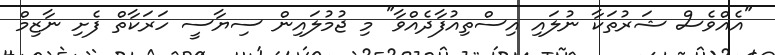
"އެއްވެސް ޝަރުތަކާ ނުލައި އިސްތިއުފާދެއްވާ" މި ޖުމުލައިން ސިޔާސީ ހަރަކާތް ފެށި ނާޒިމް